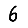
Digit: 6